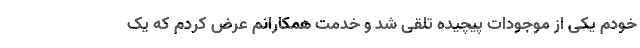
خودم یکی از موجودات پیچیده‌ تلقی شد و خدمت همکارانم عرض کردم که یک